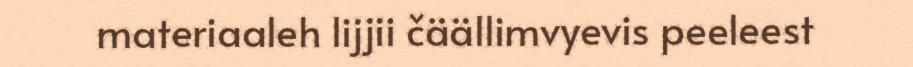
materiaaleh lijjii čäällimvyevis peeleest